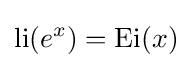
\operatorname {li} (e^{x})=\operatorname {Ei} (x)